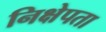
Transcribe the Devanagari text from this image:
निक्षेपता